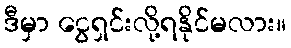
ဒီမှာ ငွေရှင်းလို့ရနိုင်မလား။